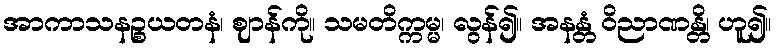
အာကာသနဉ္စယတနံ၊ ဈာန်ကို။ သမတိက္ကမ္မ၊ လွန်၍။ အနန္တံ ဝိညာဏန္တိ၊ ဟူ၍။